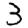
Digit: 3